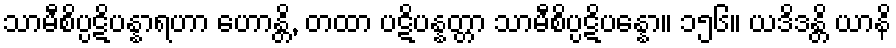
သာမီစိပ္ပဋိပန္နာရဟာ ဟောန္တိ, တထာ ပဋိပန္နတ္တာ သာမီစိပ္ပဋိပန္နော။ ၁၅၆။ ယဒိဒန္တိ ယာနိ